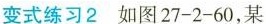
变式练习2 如图27-2-60，某